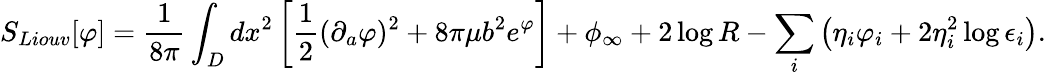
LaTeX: S_{Liouv}[\varphi]={\frac{1}{8\pi}}\int_{D}dx^{2}\left[{\frac{1}{2}}(\partial_{a}\varphi)^{2}+8\pi\mu b^{2}e^{\varphi}\right]+\phi_{\infty}+2\log{R}-\sum_{i}\left(\eta_{i}\varphi_{i}+2\eta_{i}^{2}\log{\epsilon_{i}}\right).